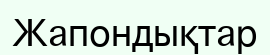
Жапондықтар